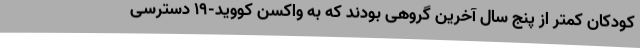
کودکان کمتر از پنج سال آخرین گروهی بودند که به واکسن کووید-۱۹ دسترسی